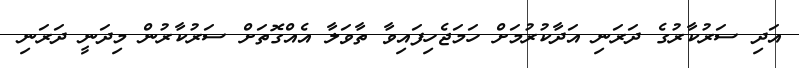
އަދި ސަރުކާރުގެ ދަރަނި އަދާކުރުމަށް ހަމަޖެހިފައިވާ ތާވަލާ އެއްގޮތަށް ސަރުކާރުން މިދަނީ ދަރަނި